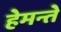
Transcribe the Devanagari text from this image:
हेमन्ते